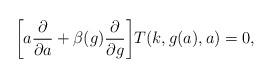
\begin{align*}\biggr[ a \frac{\partial}{\partial a}+ \beta(g)\frac{\partial}{\partial g}\biggr]T(k,g(a),a)=0,\end{align*}